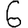
Digit: 6